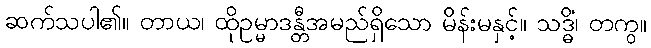
ဆက်သပါ၏။ တာယ၊ ထိုဥမ္မာဒန္တီအမည်ရှိသော မိန်းမနှင့်။ သဒ္ဓိံ၊ တကွ။